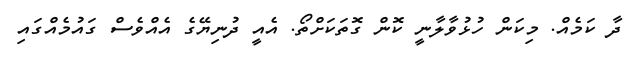
ދާ ކަމެއް. މިކަން ހުޅުވާލާނީ ކޮން ގޮތަކަށްތޯ. އެއީ ދުނިޔޭގެ އެއްވެސް ގައުމެއްގައި